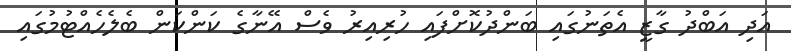
އަދި އަބްދު ގާޒީ އެތަނުގައި ބަންދުކޮށްފައި ހުރިއިރު ވެސް އޭނާގެ ކަންކަން ބެލެހެއްޓުމުގައި